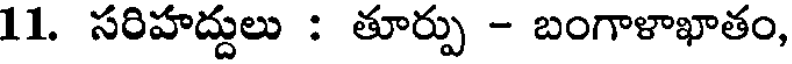
11. సరిహద్దులు : తూర్పు - బంగాళాఖాతం,